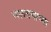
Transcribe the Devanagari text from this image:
जलतणाच्या